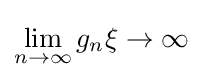
\lim _{n\to \infty }g_{n}\xi \to \infty